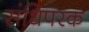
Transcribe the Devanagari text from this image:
संधिपरक